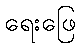
ရေးဖြေ